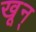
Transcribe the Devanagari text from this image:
खून्